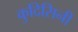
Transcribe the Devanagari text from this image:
कुदिसिनी